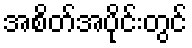
အစိတ်အပိုင်းတွင်